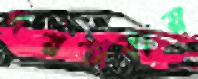
পরভাষায়